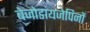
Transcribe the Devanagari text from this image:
बेजोडायजेपिनों